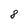
Character: 8